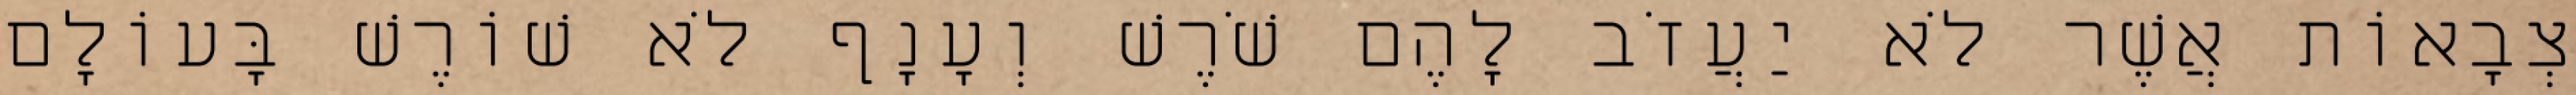
צְבָאוֹת אֲשֶׁר לֹא יַעֲזֹב לָהֶם שֹׁרֶשׁ וְעָנָף לֹא שׁוֹרֶשׁ בָּעוֹלָם